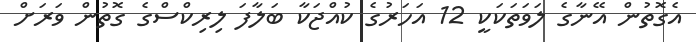
އެގޮތުން އޭނާގެ ލަވަތަކަކީ 12 އަހަރުގެ ކުއްޖަކާ ބަލާފަ ލިރިކްސްގެ ގޮތުން ވަރަށް